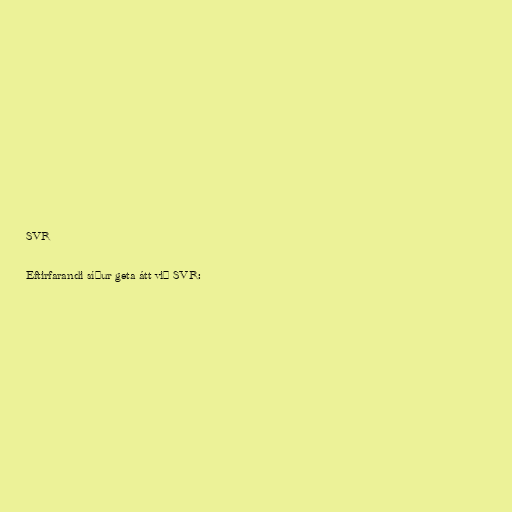
SVR

Eftirfarandi síður geta átt við SVR: